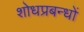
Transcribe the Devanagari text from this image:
शोधप्रबन्धों